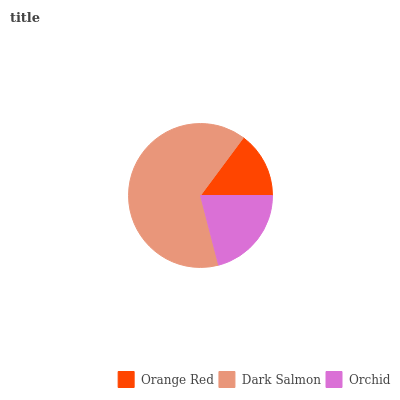
| Orange Red | Dark Salmon | Orchid |
 | --- | --- | --- |
 | 14.8% | 64.2% | 21% |